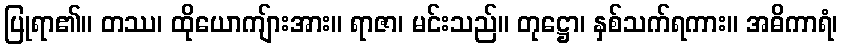
ပြုရာ၏။ တဿ၊ ထိုယောကျ်ားအား။ ရာဇာ၊ မင်းသည်။ တုဋ္ဌော၊ နှစ်သက်ရကား။ အဓိကာရံ၊